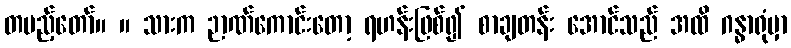
တပည့်တော်။ ။ သားက ဉာဏ်ကောင်းတော့ ရဟန်းဖြစ်၍ စာချတန်း အောင်သည် အထိ ဂန္ဓာရုံမှာ